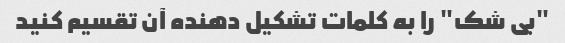
"بی شک" را به کلمات تشکیل دهنده آن تقسیم کنید